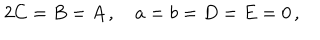
2 C = B = A \, , \quad a = b = D = E = 0 \, ,